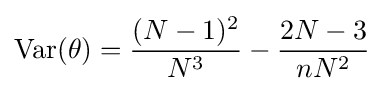
\operatorname {Var} (\theta )={\frac {(N-1)^{2}}{N^{3}}}-{\frac {2N-3}{nN^{2}}}